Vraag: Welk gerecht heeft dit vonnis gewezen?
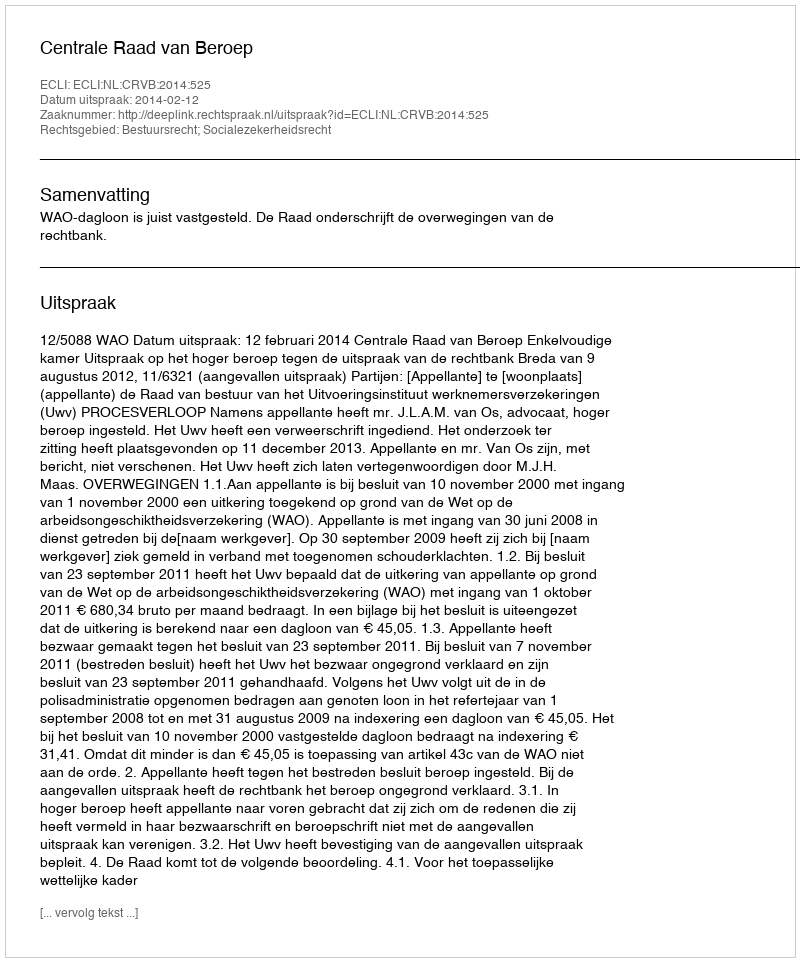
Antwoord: Centrale Raad van Beroep